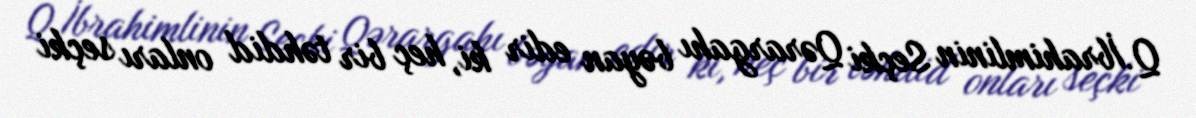
Q.İbrahimlinin Seçki Qərargahı bəyan edir ki, heç bir təhdid onları seçki